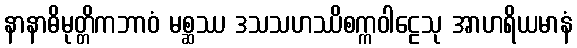
နာနာဓိမုတ္တိကဘာဝံ မစ္ဆဿ ဒသသဟဿိစက္ကဝါဠေသု အာဟရိယမာနံ